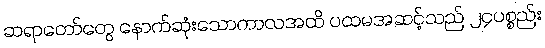
ဆရာတော်တွေ နောက်ဆုံးသောကာလအထိ ပထမအဆင့်သည် ၂၄ပစ္စည်း